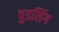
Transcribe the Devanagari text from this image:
पुडलिंग